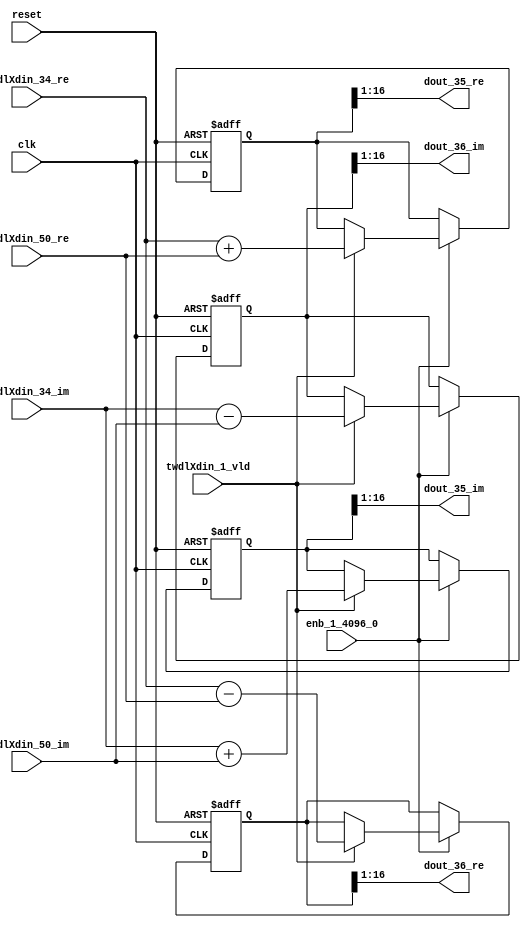
// -------------------------------------------------------------
// 
// 
// Generated by MATLAB 9.14 and HDL Coder 4.1
// 
// -------------------------------------------------------------


// -------------------------------------------------------------
// 
// Module: RADIX22FFT_SDNF1_3_block16
// Source Path: dsphdl.IFFT/RADIX22FFT_SDNF1_3
// Hierarchy Level: 4
// 
// -------------------------------------------------------------

`timescale 1 ns / 1 ns

module RADIX22FFT_SDNF1_3_block16
          (clk,
           reset,
           enb_1_4096_0,
           twdlXdin_34_re,
           twdlXdin_34_im,
           twdlXdin_50_re,
           twdlXdin_50_im,
           twdlXdin_1_vld,
           dout_35_re,
           dout_35_im,
           dout_36_re,
           dout_36_im);


  input   clk;
  input   reset;
  input   enb_1_4096_0;
  input   signed [15:0] twdlXdin_34_re;  // sfix16_En14
  input   signed [15:0] twdlXdin_34_im;  // sfix16_En14
  input   signed [15:0] twdlXdin_50_re;  // sfix16_En14
  input   signed [15:0] twdlXdin_50_im;  // sfix16_En14
  input   twdlXdin_1_vld;
  output  signed [15:0] dout_35_re;  // sfix16_En14
  output  signed [15:0] dout_35_im;  // sfix16_En14
  output  signed [15:0] dout_36_re;  // sfix16_En14
  output  signed [15:0] dout_36_im;  // sfix16_En14


  reg signed [16:0] Radix22ButterflyG1_NF_btf1_re_reg;  // sfix17
  reg signed [16:0] Radix22ButterflyG1_NF_btf1_im_reg;  // sfix17
  reg signed [16:0] Radix22ButterflyG1_NF_btf2_re_reg;  // sfix17
  reg signed [16:0] Radix22ButterflyG1_NF_btf2_im_reg;  // sfix17
  reg  Radix22ButterflyG1_NF_dinXtwdl_vld_dly1;
  reg signed [16:0] Radix22ButterflyG1_NF_btf1_re_reg_next;  // sfix17_En14
  reg signed [16:0] Radix22ButterflyG1_NF_btf1_im_reg_next;  // sfix17_En14
  reg signed [16:0] Radix22ButterflyG1_NF_btf2_re_reg_next;  // sfix17_En14
  reg signed [16:0] Radix22ButterflyG1_NF_btf2_im_reg_next;  // sfix17_En14
  reg  Radix22ButterflyG1_NF_dinXtwdl_vld_dly1_next;
  reg signed [15:0] dout_35_re_1;  // sfix16_En14
  reg signed [15:0] dout_35_im_1;  // sfix16_En14
  reg signed [15:0] dout_36_re_1;  // sfix16_En14
  reg signed [15:0] dout_36_im_1;  // sfix16_En14
  reg  dout_35_vld;
  reg signed [16:0] Radix22ButterflyG1_NF_add_cast;  // sfix17_En14
  reg signed [16:0] Radix22ButterflyG1_NF_add_cast_0;  // sfix17_En14
  reg signed [16:0] Radix22ButterflyG1_NF_sra_temp;  // sfix17_En14
  reg signed [16:0] Radix22ButterflyG1_NF_sub_cast;  // sfix17_En14
  reg signed [16:0] Radix22ButterflyG1_NF_sub_cast_0;  // sfix17_En14
  reg signed [16:0] Radix22ButterflyG1_NF_sra_temp_0;  // sfix17_En14
  reg signed [16:0] Radix22ButterflyG1_NF_add_cast_1;  // sfix17_En14
  reg signed [16:0] Radix22ButterflyG1_NF_add_cast_2;  // sfix17_En14
  reg signed [16:0] Radix22ButterflyG1_NF_sra_temp_1;  // sfix17_En14
  reg signed [16:0] Radix22ButterflyG1_NF_sub_cast_1;  // sfix17_En14
  reg signed [16:0] Radix22ButterflyG1_NF_sub_cast_2;  // sfix17_En14
  reg signed [16:0] Radix22ButterflyG1_NF_sra_temp_2;  // sfix17_En14


  // Radix22ButterflyG1_NF
  always @(posedge clk or posedge reset)
    begin : Radix22ButterflyG1_NF_process
      if (reset == 1'b1) begin
        Radix22ButterflyG1_NF_btf1_re_reg <= 17'sb00000000000000000;
        Radix22ButterflyG1_NF_btf1_im_reg <= 17'sb00000000000000000;
        Radix22ButterflyG1_NF_btf2_re_reg <= 17'sb00000000000000000;
        Radix22ButterflyG1_NF_btf2_im_reg <= 17'sb00000000000000000;
        Radix22ButterflyG1_NF_dinXtwdl_vld_dly1 <= 1'b0;
      end
      else begin
        if (enb_1_4096_0) begin
          Radix22ButterflyG1_NF_btf1_re_reg <= Radix22ButterflyG1_NF_btf1_re_reg_next;
          Radix22ButterflyG1_NF_btf1_im_reg <= Radix22ButterflyG1_NF_btf1_im_reg_next;
          Radix22ButterflyG1_NF_btf2_re_reg <= Radix22ButterflyG1_NF_btf2_re_reg_next;
          Radix22ButterflyG1_NF_btf2_im_reg <= Radix22ButterflyG1_NF_btf2_im_reg_next;
          Radix22ButterflyG1_NF_dinXtwdl_vld_dly1 <= Radix22ButterflyG1_NF_dinXtwdl_vld_dly1_next;
        end
      end
    end

  always @(Radix22ButterflyG1_NF_btf1_im_reg, Radix22ButterflyG1_NF_btf1_re_reg,
       Radix22ButterflyG1_NF_btf2_im_reg, Radix22ButterflyG1_NF_btf2_re_reg,
       Radix22ButterflyG1_NF_dinXtwdl_vld_dly1, twdlXdin_1_vld, twdlXdin_34_im,
       twdlXdin_34_re, twdlXdin_50_im, twdlXdin_50_re) begin
    Radix22ButterflyG1_NF_add_cast = 17'sb00000000000000000;
    Radix22ButterflyG1_NF_add_cast_0 = 17'sb00000000000000000;
    Radix22ButterflyG1_NF_sub_cast = 17'sb00000000000000000;
    Radix22ButterflyG1_NF_sub_cast_0 = 17'sb00000000000000000;
    Radix22ButterflyG1_NF_add_cast_1 = 17'sb00000000000000000;
    Radix22ButterflyG1_NF_add_cast_2 = 17'sb00000000000000000;
    Radix22ButterflyG1_NF_sub_cast_1 = 17'sb00000000000000000;
    Radix22ButterflyG1_NF_sub_cast_2 = 17'sb00000000000000000;
    Radix22ButterflyG1_NF_btf1_re_reg_next = Radix22ButterflyG1_NF_btf1_re_reg;
    Radix22ButterflyG1_NF_btf1_im_reg_next = Radix22ButterflyG1_NF_btf1_im_reg;
    Radix22ButterflyG1_NF_btf2_re_reg_next = Radix22ButterflyG1_NF_btf2_re_reg;
    Radix22ButterflyG1_NF_btf2_im_reg_next = Radix22ButterflyG1_NF_btf2_im_reg;
    Radix22ButterflyG1_NF_dinXtwdl_vld_dly1_next = twdlXdin_1_vld;
    if (twdlXdin_1_vld) begin
      Radix22ButterflyG1_NF_add_cast = {twdlXdin_34_re[15], twdlXdin_34_re};
      Radix22ButterflyG1_NF_add_cast_0 = {twdlXdin_50_re[15], twdlXdin_50_re};
      Radix22ButterflyG1_NF_btf1_re_reg_next = Radix22ButterflyG1_NF_add_cast + Radix22ButterflyG1_NF_add_cast_0;
      Radix22ButterflyG1_NF_sub_cast = {twdlXdin_34_re[15], twdlXdin_34_re};
      Radix22ButterflyG1_NF_sub_cast_0 = {twdlXdin_50_re[15], twdlXdin_50_re};
      Radix22ButterflyG1_NF_btf2_re_reg_next = Radix22ButterflyG1_NF_sub_cast - Radix22ButterflyG1_NF_sub_cast_0;
      Radix22ButterflyG1_NF_add_cast_1 = {twdlXdin_34_im[15], twdlXdin_34_im};
      Radix22ButterflyG1_NF_add_cast_2 = {twdlXdin_50_im[15], twdlXdin_50_im};
      Radix22ButterflyG1_NF_btf1_im_reg_next = Radix22ButterflyG1_NF_add_cast_1 + Radix22ButterflyG1_NF_add_cast_2;
      Radix22ButterflyG1_NF_sub_cast_1 = {twdlXdin_34_im[15], twdlXdin_34_im};
      Radix22ButterflyG1_NF_sub_cast_2 = {twdlXdin_50_im[15], twdlXdin_50_im};
      Radix22ButterflyG1_NF_btf2_im_reg_next = Radix22ButterflyG1_NF_sub_cast_1 - Radix22ButterflyG1_NF_sub_cast_2;
    end
    Radix22ButterflyG1_NF_sra_temp = Radix22ButterflyG1_NF_btf1_re_reg >>> 8'd1;
    dout_35_re_1 = Radix22ButterflyG1_NF_sra_temp[15:0];
    Radix22ButterflyG1_NF_sra_temp_0 = Radix22ButterflyG1_NF_btf1_im_reg >>> 8'd1;
    dout_35_im_1 = Radix22ButterflyG1_NF_sra_temp_0[15:0];
    Radix22ButterflyG1_NF_sra_temp_1 = Radix22ButterflyG1_NF_btf2_re_reg >>> 8'd1;
    dout_36_re_1 = Radix22ButterflyG1_NF_sra_temp_1[15:0];
    Radix22ButterflyG1_NF_sra_temp_2 = Radix22ButterflyG1_NF_btf2_im_reg >>> 8'd1;
    dout_36_im_1 = Radix22ButterflyG1_NF_sra_temp_2[15:0];
    dout_35_vld = Radix22ButterflyG1_NF_dinXtwdl_vld_dly1;
  end



  assign dout_35_re = dout_35_re_1;

  assign dout_35_im = dout_35_im_1;

  assign dout_36_re = dout_36_re_1;

  assign dout_36_im = dout_36_im_1;

endmodule  // RADIX22FFT_SDNF1_3_block16